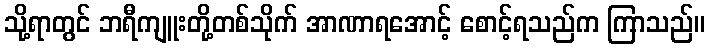
သို့ရာတွင် ဘရီကျူးတို့တစ်သိုက် အာဏာရအောင့် စောင့်ရသည်က ကြာသည်။